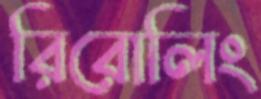
রিরোলিং